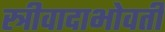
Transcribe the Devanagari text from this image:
स्त्रीवादाभोवती